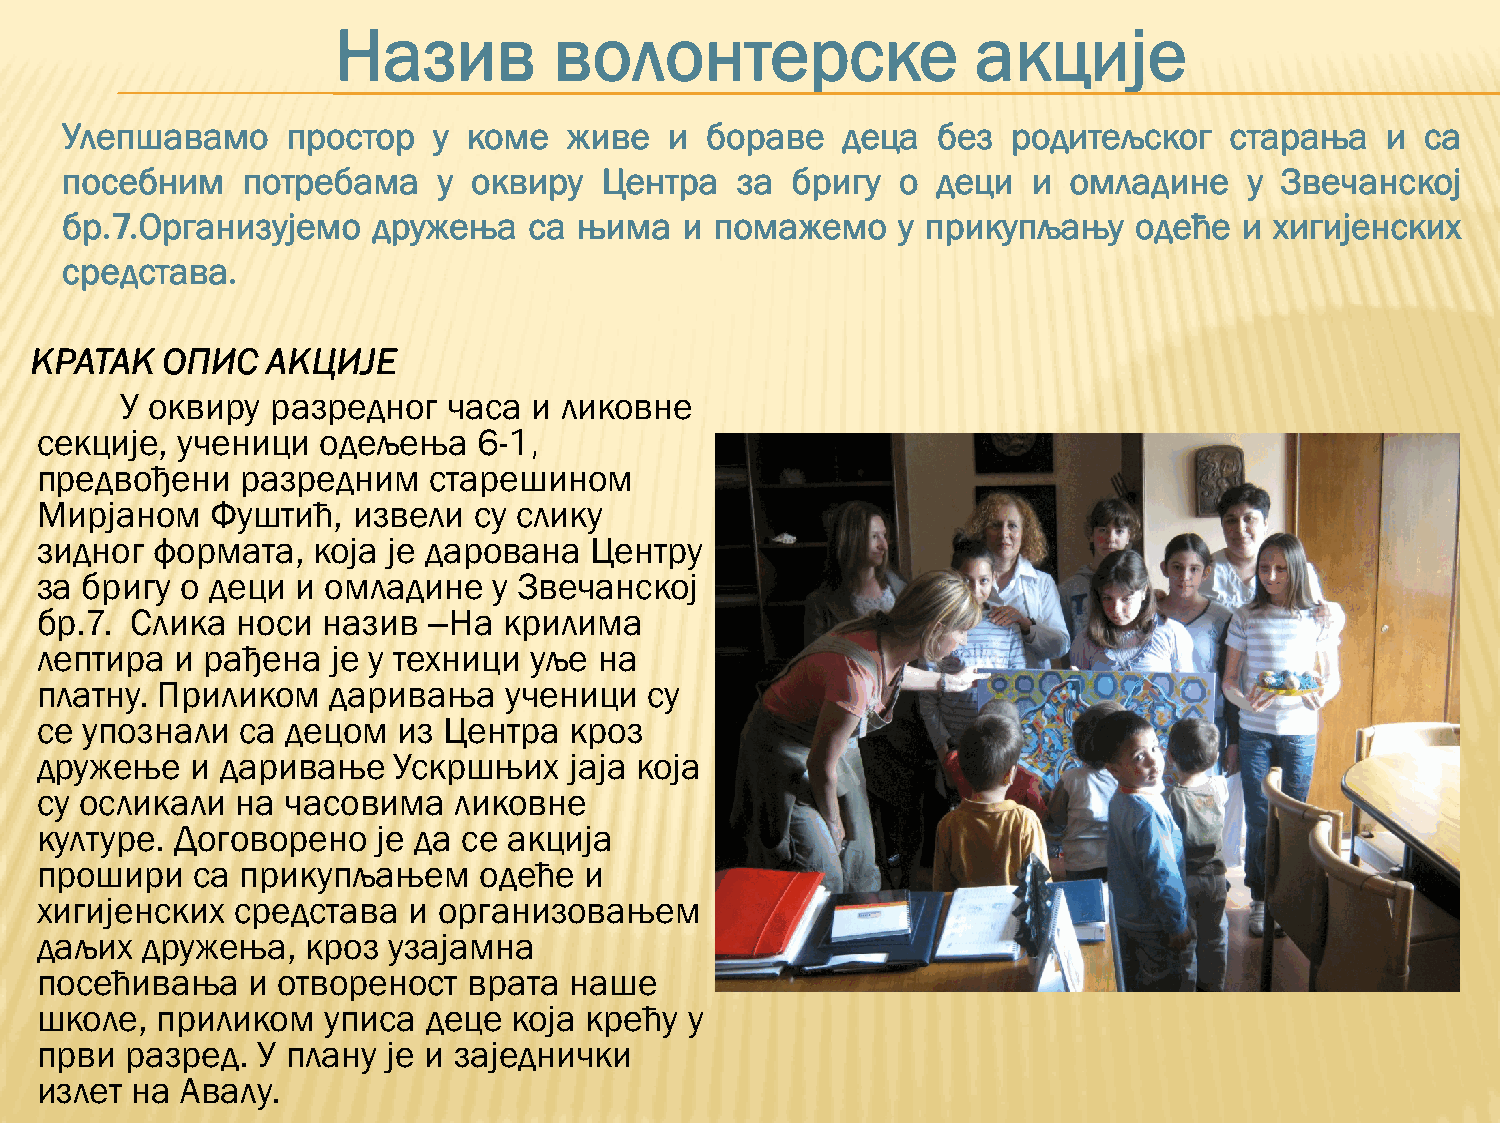
Назив          волонтерске                 акције
 Улепшавамо     простор   у коме   живе  и  бораве   деца  без  родитељског   старања    и са
 посебним    потребама    у оквиру   Центра   за бригу   о деци  и  омладине    у Звечанској
 бр.7.Организујемо    дружења   са њима   и помажемо    у прикупљању    одеће  и хигијенских
 средстава.
 КРАТАК   ОПИС   АКЦИЈЕ
 У оквиру  разредног   часа и ликовне
 секције,  ученици  одељења    6-1,
 предвођени    разредним   старешином
 Мирјаном    Фуштић,  извели  су слику
 зидног  формата,   која је дарована  Центру
 за бригу  о деци  и омладине   у Звечанској
 бр.7.  Слика  носи назив  –На  крилима
 лептира   и рађена  је у техници уље  на
 платну. Приликом    даривања   ученици   су
 се упознали   са децом  из Центра   кроз
 дружење    и даривање   Ускршњих    јаја која
 су осликали   на часовима   ликовне
 културе.  Договорено   је да се акција
 прошири    са прикупљањем     одеће  и
 хигијенских  средстава   и организовањем
 даљих  дружења,   кроз  узајамна
 посећивања    и отвореност   врата  наше
 школе,  приликом   уписа  деце  која крећу  у
 први  разред.  У плану  је и заједнички
 излет  на Авалу.